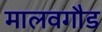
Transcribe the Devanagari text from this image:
मालवगौड